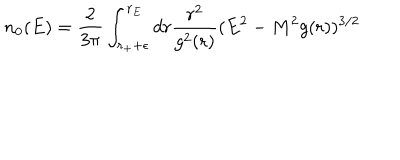
LaTeX: n _ { 0 } ( E ) = { \frac { 2 } { 3 \pi } } \int _ { r _ { + } + \epsilon } ^ { r _ { E } } d r { \frac { r ^ { 2 } } { g ^ { 2 } ( r ) } } ( E ^ { 2 } - M ^ { 2 } g ( r ) ) ^ { 3 / 2 }